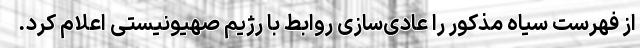
از فهرست سیاه مذکور را عادی‌سازی روابط با رژیم صهیونیستی اعلام کرد.